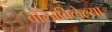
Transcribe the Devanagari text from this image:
बोलाविलेल्या